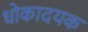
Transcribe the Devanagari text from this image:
धोकादयक